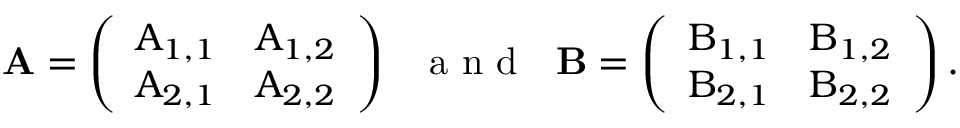
\begin{array} { r } { \bf { A } = \left( \begin{array} { l l } { A _ { 1 , 1 } } & { A _ { 1 , 2 } } \\ { A _ { 2 , 1 } } & { A _ { 2 , 2 } } \end{array} \right) ~ ~ \mathrm { ~ a ~ n ~ d ~ } ~ ~ \bf { B } = \left( \begin{array} { l l } { B _ { 1 , 1 } } & { B _ { 1 , 2 } } \\ { B _ { 2 , 1 } } & { B _ { 2 , 2 } } \end{array} \right) . } \end{array}